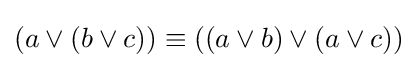
(a\lor (b\lor c))\equiv ((a\lor b)\lor (a\lor c))